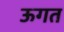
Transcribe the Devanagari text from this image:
ऊगत